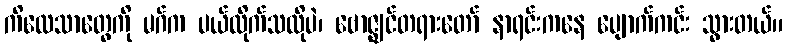
ကိလေသာတွေကို မဂ်က ပယ်လိုက်သလိုပဲ၊ ဗောဇ္ဈင်တရားတော် နာရင်းကနေ ပျောက်ကင်း သွားတယ်။